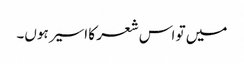
میں تو اس شعر کا اسیر ہوں۔